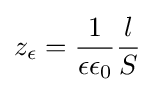
z_{\epsilon }={\frac {1}{\epsilon \epsilon _{0}}}{\frac {l}{S}}